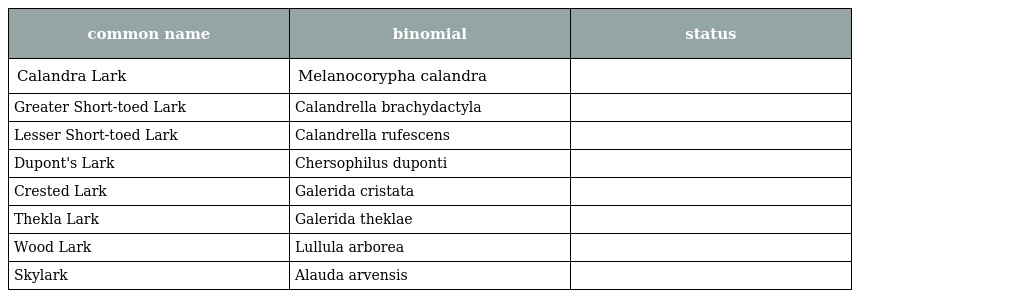
| common name | binomial | status |
 | --- | --- | --- |
 | Calandra Lark | Melanocorypha calandra |  |
 | Greater Short-toed Lark | Calandrella brachydactyla |  |
 | Lesser Short-toed Lark | Calandrella rufescens |  |
 | Dupont's Lark | Chersophilus duponti |  |
 | Crested Lark | Galerida cristata |  |
 | Thekla Lark | Galerida theklae |  |
 | Wood Lark | Lullula arborea |  |
 | Skylark | Alauda arvensis |  |